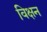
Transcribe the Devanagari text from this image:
विक्षन